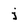
Character: j